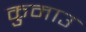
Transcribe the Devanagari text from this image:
कुमाउ